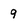
Character: 9